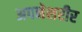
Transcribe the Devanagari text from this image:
अपनेशरीर